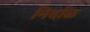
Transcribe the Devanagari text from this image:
निर्दाळ